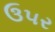
ઉ૫ર